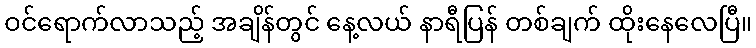
ဝင်ရောက်လာသည့် အချိန်တွင် နေ့လယ် နာရီပြန် တစ်ချက် ထိုးနေလေပြီ။